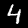
Digit: 4